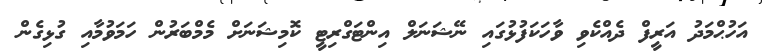
އަހުޙްމަދު އަރީފް ދެއްކެވި ވާހަކަފުޅުގައި ނޭޝަނަލް އިންޓަގްރިޓީ ކޮމިޝަނަށް މެމްބަރުން ހަމަވުމާއި ގުޅިގެން